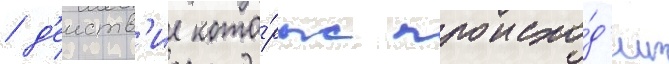
/ д'еиств'ие кото́рых происхо́д'ит